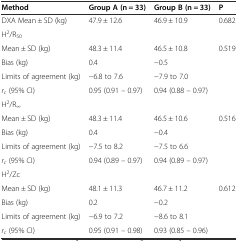
| Method | Group A (n = 33) | Group B (n = 33) | P |
 | --- | --- | --- | --- |
 | DXA Mean ± SD (kg) | 47.9 ± 12.6 | 46.9 ± 10.9 | 0.682 |
 | <COLSPAN=3> H2/R50 |  |
 | Mean ± SD (kg) | 48.3 ± 11.4 | 46.5 ± 10.8 | 0.519 |
 | Bias (kg) | 0.4 | -0.5 |  |
 | Limits of agreement (kg) | -6.8 to 7.6 | -7.9 to 7.0 |  |
 | rc (95% CI) | 0.95 (0.91 – 0.97) | 0.94 (0.88 – 0.97) |  |
 | <COLSPAN=3> H2/R∞ |  |
 | Mean ± SD (kg) | 48.3 ± 11.4 | 46.5 ± 10.6 | 0.516 |
 | Bias (kg) | 0.4 | -0.4 |  |
 | Limits of agreement (kg) | -7.5 to 8.2 | -7.5 to 6.6 |  |
 | rc (95% CI) | 0.94 (0.89 – 0.97) | 0.94 (0.89 – 0.97) |  |
 | <COLSPAN=3> H2/Zc |  |
 | Mean ± SD (kg) | 48.1 ± 11.3 | 46.7 ± 11.2 | 0.612 |
 | Bias (kg) | 0.2 | -0.2 |  |
 | Limits of agreement (kg) | -6.9 to 7.2 | -8.6 to 8.1 |  |
 | rc (95% CI) | 0.95 (0.91 – 0.98) | 0.93 (0.85 – 0.96) |  |